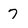
Character: 7